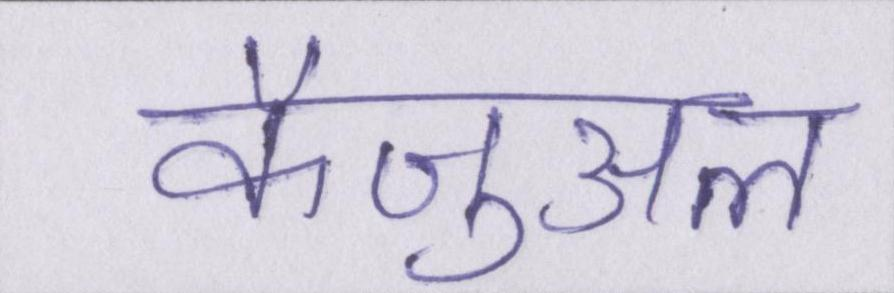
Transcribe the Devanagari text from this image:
कैज़ुअल